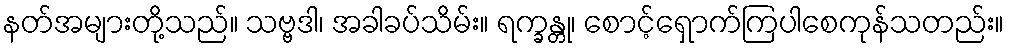
နတ်အများတို့သည်။ သဗ္ဗဒါ၊ အခါခပ်သိမ်း။ ရက္ခန္တု၊ စောင့်ရှောက်ကြပါစေကုန်သတည်း။